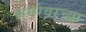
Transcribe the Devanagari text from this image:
कमरेवरच्या